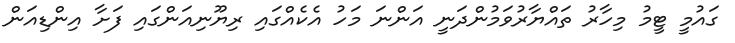
ގައުމީ ޓީމު މިހާރު ތައްޔާރުވަމުންދަނީ އަންނަ މަހު އެކެއްގައި ރިޔޫނިއަންގައި ފަށާ އިންޑިއަން